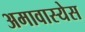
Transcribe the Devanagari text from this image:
अमावास्येस